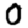
Digit: 0